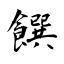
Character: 饌